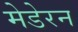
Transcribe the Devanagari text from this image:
मेडेरन